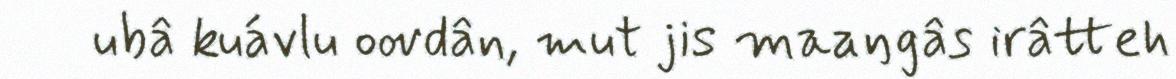
ubâ kuávlu oovdân, mut jis maaŋgâs irâtteh